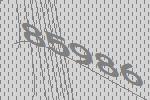
85986